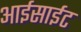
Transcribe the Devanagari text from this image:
आईसाईट